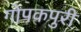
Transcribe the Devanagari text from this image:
गोपकपुरी